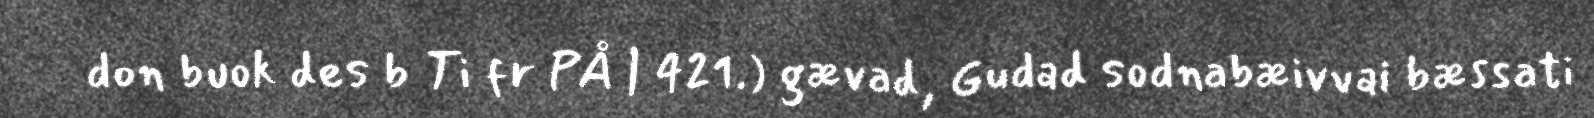
don buok des b Ti fr PÅ | 421.) gævad, Gudad sodnabæivvai bæssati